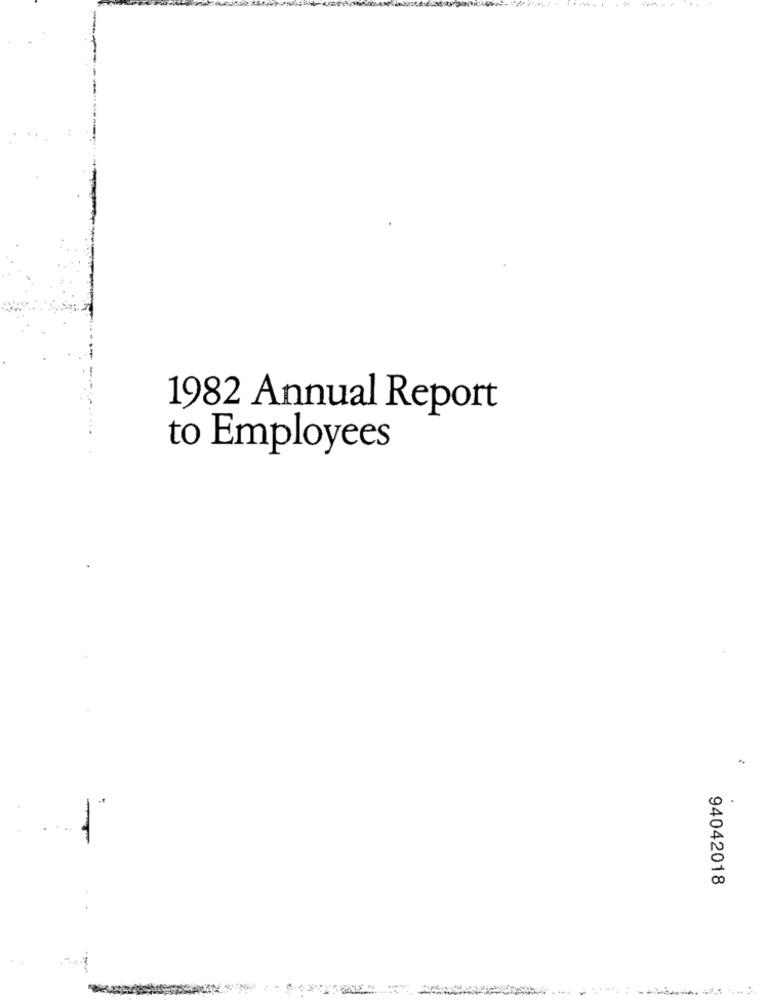
1982 Annual Report
to Employees
94042018
2